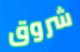
شروق